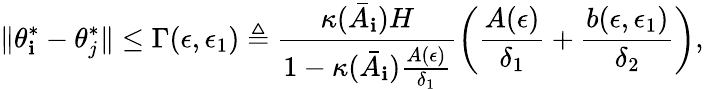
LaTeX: \lVert\theta_{\mathbf{i}}^{*}-\theta_{j}^{*}\rVert\le\Gamma(\epsilon,\epsilon_{1})\triangleq\frac{{\kappa(\bar{{A}}_{\mathbf{i}})H}}{{1-\kappa(\bar{{A}}_{\mathbf{i}})\frac{{A(\epsilon)}}{{\delta_{1}}}}}\left(\frac{{A(\epsilon)}}{{\delta_{1}}}+\frac{{b(\epsilon,\epsilon_{1})}}{{\delta_{2}}}\right),